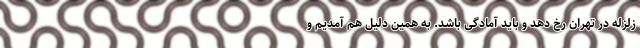
زلزله در تهران رخ دهد و باید آمادگی باشد. به همین دلیل هم آمدیم و